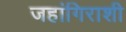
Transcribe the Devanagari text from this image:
जहांगिराशी